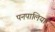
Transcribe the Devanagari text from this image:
पनपालिया